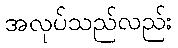
အလုပ်သည်လည်း